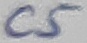
Text: C5